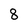
Character: 8